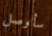
سأوصل